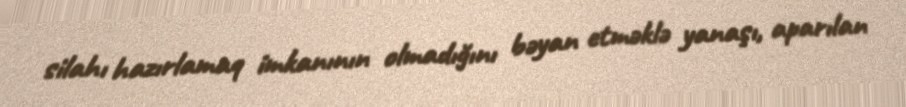
silahı hazırlamaq imkanının olmadığını bəyan etməklə yanaşı, aparılan